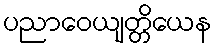
ပညာဝေယျတ္တိယေန